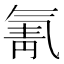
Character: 氰